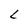
Character: L